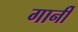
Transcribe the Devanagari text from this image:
गार्नी